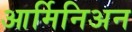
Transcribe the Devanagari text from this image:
आर्मिनिअन